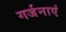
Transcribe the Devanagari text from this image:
गर्जनाएं